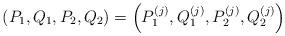
LaTeX: \begin{align*}( P_1, Q_1, P_2, Q_2)=\left(P_1^{(j)},Q_1^{(j)}, P_2^{(j)}, Q_2^{(j)}\right)\end{align*}